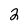
Character: 2